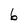
Character: 6